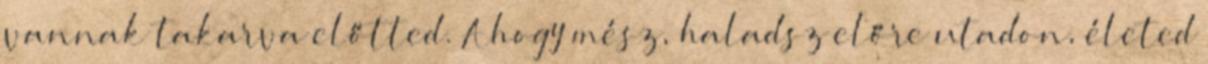
vannak takarva előtted. Ahogy mész, haladsz előre utadon, életed